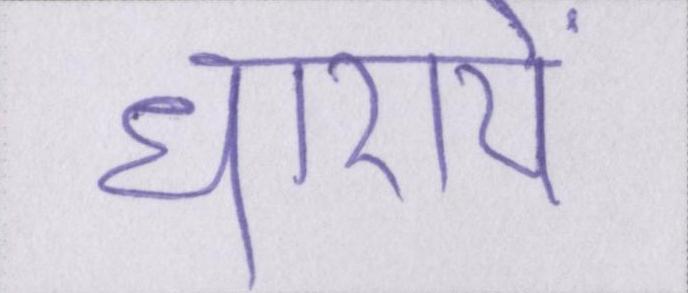
धारायें